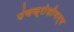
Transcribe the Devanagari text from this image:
पंचक्रोशीमार्ग